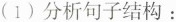
(1)分析句子结构：